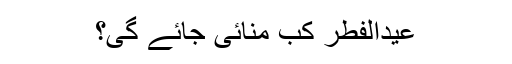
عیدالفطر کب منائی جائے گی؟